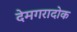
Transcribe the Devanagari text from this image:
देमगरादोक